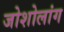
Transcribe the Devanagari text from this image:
जोशोलांग